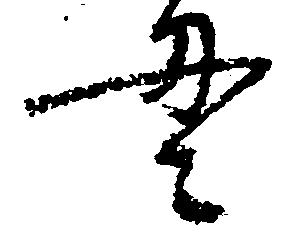
貫